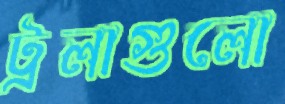
ট্রলাগুলো